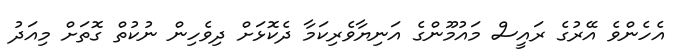
އެހެންވެ އޭރުގެ ރައީސް މައުމޫންގެ އަނިޔާވެރިކަމާ ދެކޮޅަށް ދިވެހިން ނުކުތް ގޮތަށް މިއަދު